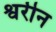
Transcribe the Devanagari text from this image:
श्वरीन